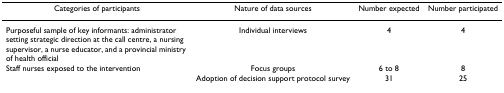
<table><thead><tr><td><b>Categories of participants</b></td><td><b>Nature of data sources</b></td><td><b>Number expected</b></td><td><b>Number participated</b></td></tr></thead><tbody><tr><td>Purposeful sample of key informants: administrator setting strategic direction at the call centre, a nursing supervisor, a nurse educator, and a provincial ministry of health official</td><td>Individual interviews</td><td>4</td><td>4</td></tr><tr><td>Staff nurses exposed to the intervention</td><td>Focus groups</td><td>6 to 8</td><td>8</td></tr><tr><td></td><td>Adoption of decision support protocol survey</td><td>31</td><td>25</td></tr></tbody></table>